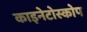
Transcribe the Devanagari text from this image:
काइनेटोस्कोप